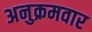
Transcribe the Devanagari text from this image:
अनुक्रमवार